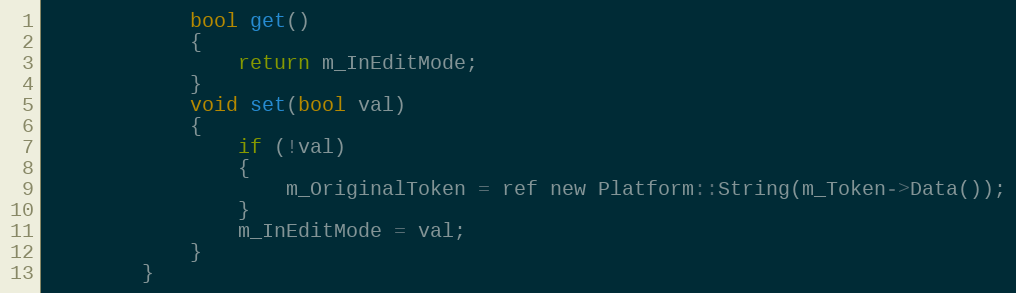
Language: C
            bool get()
            {
                return m_InEditMode;
            }
            void set(bool val)
            {
                if (!val)
                {
                    m_OriginalToken = ref new Platform::String(m_Token->Data());
                }
                m_InEditMode = val;
            }
        }